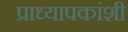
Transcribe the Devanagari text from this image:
प्राध्यापकांशी